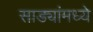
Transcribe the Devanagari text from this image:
साड्यांमध्ये